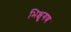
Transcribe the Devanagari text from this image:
भिक्षुगण